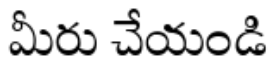
మీరు చేయండి